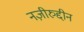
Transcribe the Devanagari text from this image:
नज़ीरुद्दीन